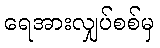
ရေအားလျှပ်စစ်မှ